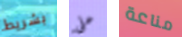
بشريط على مناعة